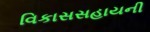
વિકાસસહાયની